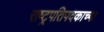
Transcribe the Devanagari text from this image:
राष्ट्रपतिपदकाच्या